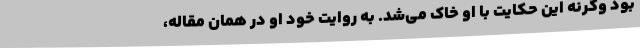
بود وگرنه این حکایت با او خاک می‌شد. به روایت خود او در همان مقاله،